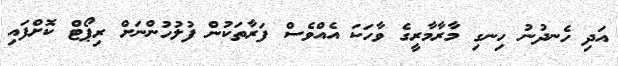
އަދި ހެނދުނު ހިނގި މާރާމާރީގެ ވާހަކަ އެއްވެސް ފަރާތަކުން ފުލުހުންނަށް ރިޕޯޓް ކޮށްފައި